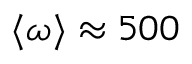
\langle \omega \rangle \approx 5 0 0